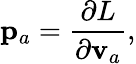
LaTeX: {\mathbf p}_{a}=\frac{\partial L}{\partial{\mathbf v}_{a}},